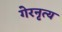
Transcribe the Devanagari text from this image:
गेरनृत्य